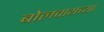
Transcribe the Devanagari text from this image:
बोलवायच्या